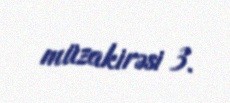
müzakirəsi 3.